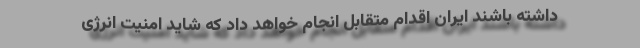
داشته باشند ایران اقدام متقابل انجام خواهد داد که شاید امنیت انرژی